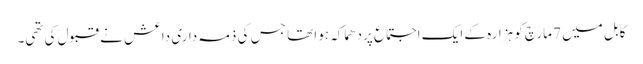
کابل میں 7 مارچ کو ہزارہ کے ایک اجتماع پر دھماکہ ہوا تھا جس کی ذمہ داری داعش نے قبول کی تھی۔